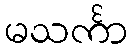
မသင်္ကာ